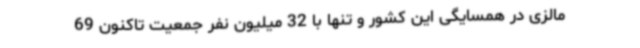
مالزی در همسایگی این کشور و تنها با 32 میلیون نفر جمعیت تاکنون 69